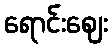
ရောင်းဈေး